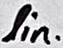
Text: lin.